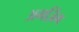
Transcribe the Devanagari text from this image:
अमज़िंग